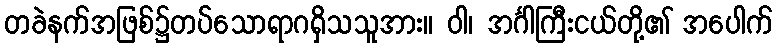
တခဲနက်အဖြစ်၌တပ်သောရာဂရှိသသူအား။ ဝါ၊ အင်္ဂါကြီးငယ်တို့၏ အပေါက်